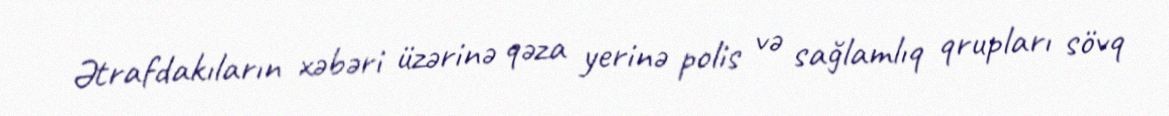
Ətrafdakıların xəbəri üzərinə qəza yerinə polis və sağlamlıq qrupları sövq